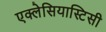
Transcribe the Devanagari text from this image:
एक्लेसियास्टिसी